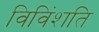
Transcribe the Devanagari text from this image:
विविंशति